Language: tamil
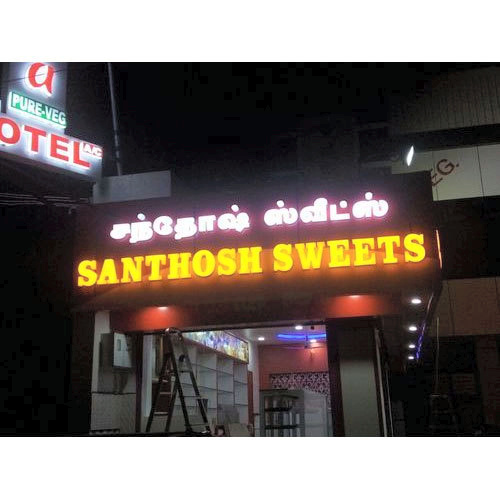
Transcription: சந்தோஷ் ஸ்வீட்ஸ்